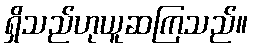
ရှိသည်ဟုယူဆကြသည်။